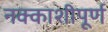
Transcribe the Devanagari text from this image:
नक्काशीपूर्ण